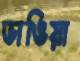
ভাঙিয়া